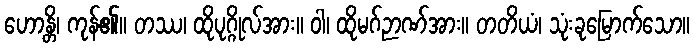
ဟောန္တိ၊ ကုန်၏။ တဿ၊ ထိုပုဂ္ဂိုလ်အား။ ဝါ၊ ထိုမဂ်ဉာဏ်အား။ တတိယံ၊ သုံးခုမြောက်သော။